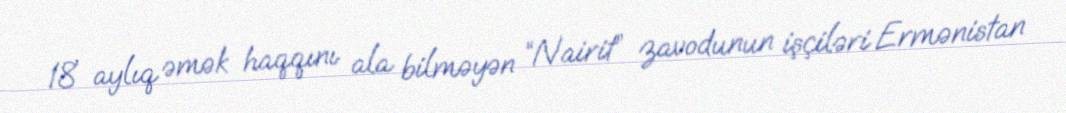
18 aylıq əmək haqqını ala bilməyən “Nairit” zavodunun işçiləri Ermənistan